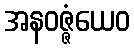
အနဝဇ္ဇံယေဝ